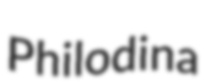
Philodina